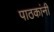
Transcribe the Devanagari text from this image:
पाठकांनी